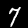
Label: 7